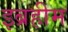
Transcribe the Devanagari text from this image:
इब्रहीम